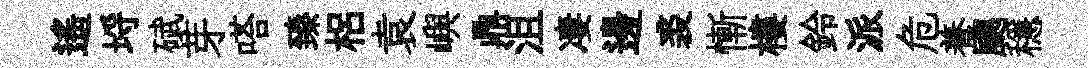
遥埓碔芽嗒臻梠袁嶼鼎沮凄邊裘慚樓鈴派危養颸穩